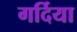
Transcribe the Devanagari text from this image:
गर्दिया